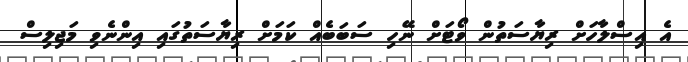
އެ އިސްލާހަށް ރިޔާސަތުން ވޯޓަށް ނޭހި ސަބަބެއް ކަމަށް ރިޔާސަތުގައި އިންނެވި މަޖިލިސް